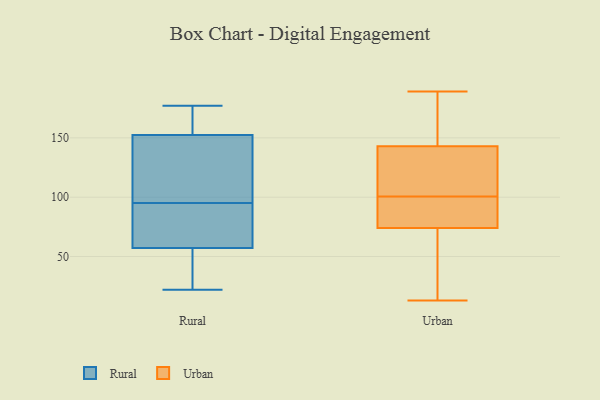
{"axis": {"x": "Active Users", "y": "Value"}, "legend": ["Rural", "Urban"], "data": [{"x": "", "y": 131, "type": "Rural"}, {"x": "", "y": 69, "type": "Rural"}, {"x": "", "y": 158, "type": "Rural"}, {"x": "", "y": 177, "type": "Rural"}, {"x": "", "y": 95, "type": "Rural"}, {"x": "", "y": 136, "type": "Rural"}, {"x": "", "y": 163, "type": "Rural"}, {"x": "", "y": 64, "type": "Rural"}, {"x": "", "y": 40, "type": "Rural"}, {"x": "", "y": 55, "type": "Rural"}, {"x": "", "y": 22, "type": "Rural"}, {"x": "", "y": 90, "type": "Urban"}, {"x": "", "y": 142, "type": "Urban"}, {"x": "", "y": 118, "type": "Urban"}, {"x": "", "y": 13, "type": "Urban"}, {"x": "", "y": 55, "type": "Urban"}, {"x": "", "y": 70, "type": "Urban"}, {"x": "", "y": 74, "type": "Urban"}, {"x": "", "y": 153, "type": "Urban"}, {"x": "", "y": 94, "type": "Urban"}, {"x": "", "y": 189, "type": "Urban"}, {"x": "", "y": 101, "type": "Urban"}, {"x": "", "y": 143, "type": "Urban"}, {"x": "", "y": 170, "type": "Urban"}, {"x": "", "y": 100, "type": "Urban"}]}